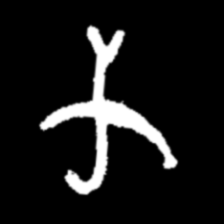
Pyu character \u2014 Myanmar letter: က (romanized: ka)